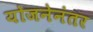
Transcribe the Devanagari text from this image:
योजनेनंतर